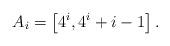
LaTeX: \begin{align*}A_i = \left[ 4^{i}, 4^{i} + i - 1\right].\end{align*}